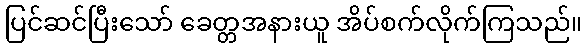
ပြင်ဆင်ပြီးသော် ခေတ္တအနားယူ အိပ်စက်လိုက်ကြသည်။